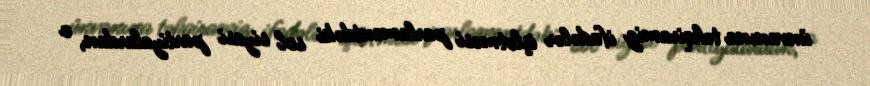
ünvanına təhqiramiz ifadələr işlətməsi parlamentdəki sol siyasi partiyalardan, o